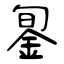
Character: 銞